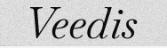
Veedis